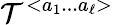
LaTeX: {\cal T}^{<a_{1}...a_{\ell}>}